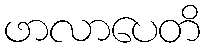
ဖာလာပေတိ